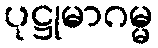
ပုဋ္ဌုမာဂမ္မ